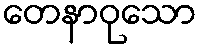
တေနာဝုသော